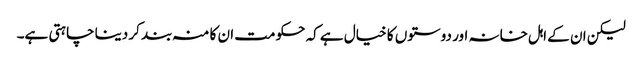
لیکن ان کے اہل خانہ اور دوستوں کا خیال ہے کہ حکومت ان کا منہ بند کر دینا چاہتی ہے۔